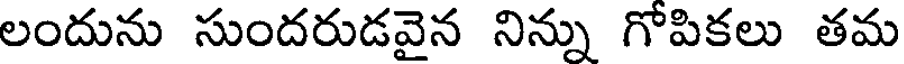
లందును సుందరుడవైన నిన్ను గోపికలు తమ